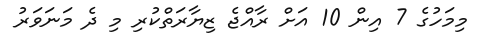
މިމަހުގެ 7 އިން 10 އަށް ރާއްޖެ ޒިޔާރަތްކުރި މި ދެ މަނަވަރު